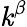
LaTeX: \mathit{k}^{\beta}